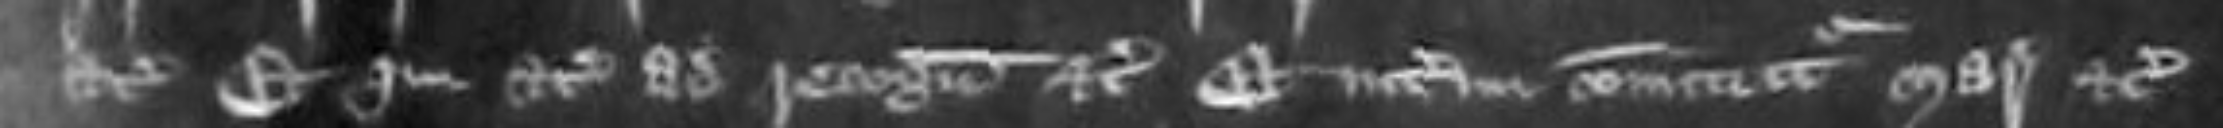
etc et quia etc ad reconoscendum etc Et interim committur mareschalsia etc